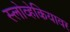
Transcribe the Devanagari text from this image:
स्लोव्हेकियावर